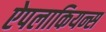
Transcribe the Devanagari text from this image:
ऐपलाकियन्स